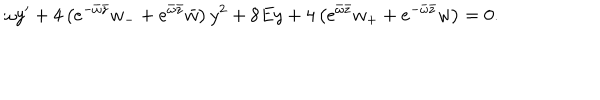
\omega y ^ { \prime } + 4 \left( e ^ { - \bar { \omega } \bar { z } } w _ { - } + e ^ { \bar { \omega } \bar { z } } \bar { w } \right) y ^ { 2 } + 8 E y + 4 \left( e ^ { \bar { \omega } \bar { z } } w _ { + } + e ^ { - \bar { \omega } \bar { z } } w \right) = 0 .